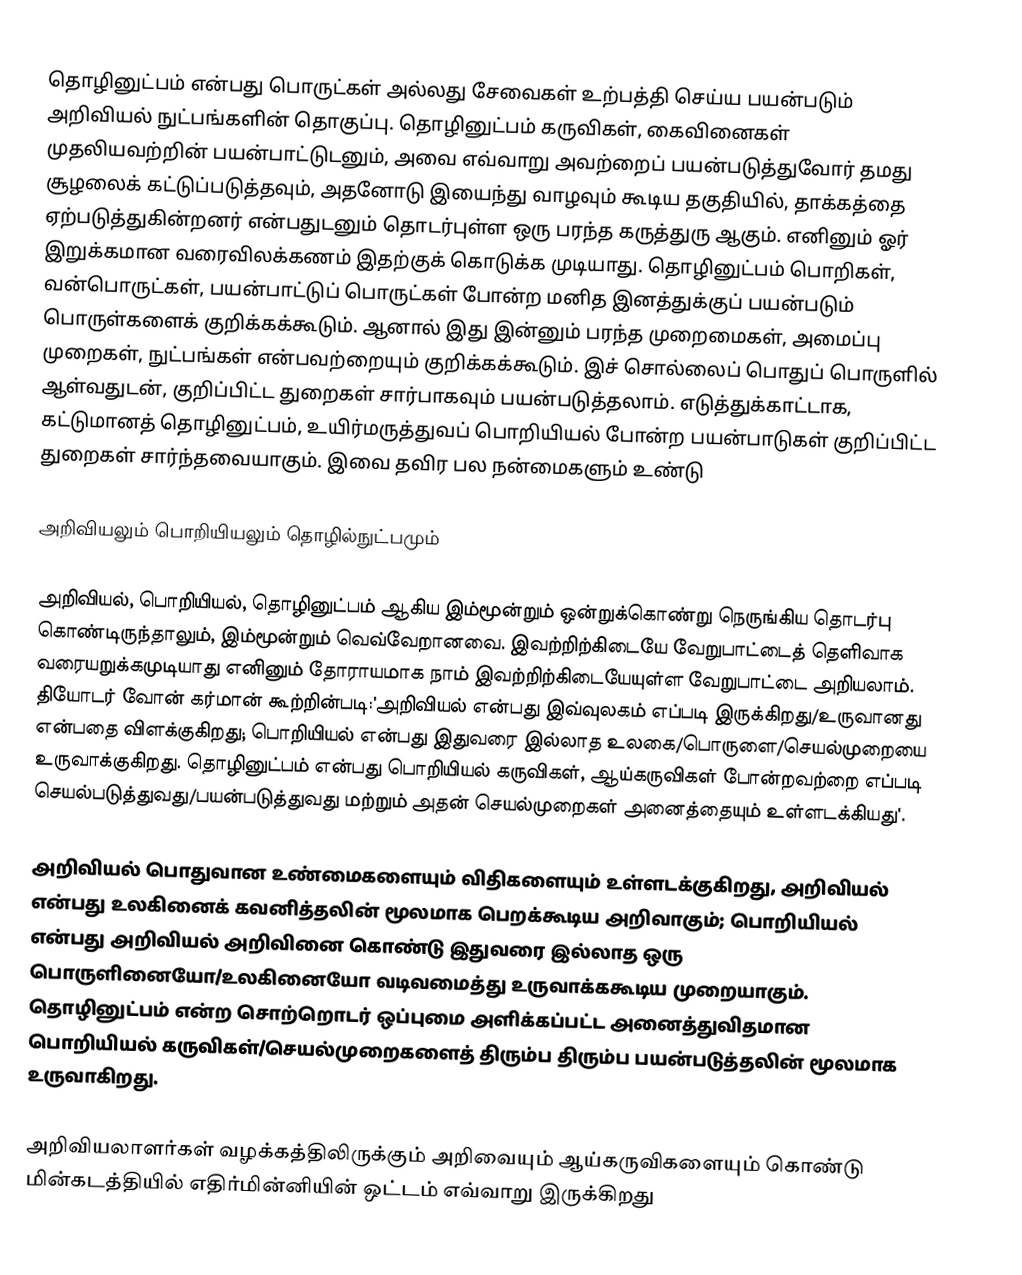
தொழினுட்பம் என்பது பொருட்கள் அல்லது சேவைகள் உற்பத்தி செய்ய பயன்படும் அறிவியல் நுட்பங்களின் தொகுப்பு. தொழினுட்பம் கருவிகள், கைவினைகள் முதலியவற்றின் பயன்பாட்டுடனும், அவை எவ்வாறு அவற்றைப் பயன்படுத்துவோர் தமது சூழலைக் கட்டுப்படுத்தவும், அதனோடு இயைந்து வாழவும் கூடிய தகுதியில், தாக்கத்தை ஏற்படுத்துகின்றனர் என்பதுடனும் தொடர்புள்ள ஒரு பரந்த கருத்துரு ஆகும். எனினும் ஓர் இறுக்கமான வரைவிலக்கணம் இதற்குக் கொடுக்க முடியாது. தொழினுட்பம் பொறிகள், வன்பொருட்கள், பயன்பாட்டுப் பொருட்கள் போன்ற மனித இனத்துக்குப் பயன்படும் பொருள்களைக் குறிக்கக்கூடும். ஆனால் இது இன்னும் பரந்த முறைமைகள், அமைப்பு முறைகள், நுட்பங்கள் என்பவற்றையும் குறிக்கக்கூடும். இச் சொல்லைப் பொதுப் பொருளில் ஆள்வதுடன், குறிப்பிட்ட துறைகள் சார்பாகவும் பயன்படுத்தலாம். எடுத்துக்காட்டாக, கட்டுமானத் தொழினுட்பம், உயிர்மருத்துவப் பொறியியல் போன்ற பயன்பாடுகள் குறிப்பிட்ட துறைகள் சார்ந்தவையாகும். இவை தவிர பல நன்மைகளும் உண்டு

அறிவியலும் பொறியியலும் தொழில்நுட்பமும்

அறிவியல், பொறியியல்,  தொழினுட்பம் ஆகிய இம்மூன்றும் ஒன்றுக்கொண்று நெருங்கிய தொடர்பு கொண்டிருந்தாலும், இம்மூன்றும் வெவ்வேறானவை. இவற்றிற்கிடையே வேறுபாட்டைத் தெளிவாக வரையறுக்கமுடியாது எனினும் தோராயமாக நாம் இவற்றிற்கிடையேயுள்ள வேறுபாட்டை அறியலாம்.  தியோடர் வோன் கர்மான் கூற்றின்படி:'அறிவியல் என்பது இவ்வுலகம் எப்படி இருக்கிறது/உருவானது என்பதை விளக்குகிறது; பொறியியல் என்பது இதுவரை இல்லாத உலகை/பொருளை/செயல்முறையை உருவாக்குகிறது.  தொழினுட்பம் என்பது பொறியியல் கருவிகள், ஆய்கருவிகள் போன்றவற்றை எப்படி செயல்படுத்துவது/பயன்படுத்துவது மற்றும் அதன் செயல்முறைகள் அனைத்தையும் உள்ளடக்கியது'.

அறிவியல் பொதுவான உண்மைகளையும் விதிகளையும் உள்ளடக்குகிறது, அறிவியல் என்பது உலகினைக் கவனித்தலின் மூலமாக பெறக்கூடிய அறிவாகும்; பொறியியல் என்பது அறிவியல் அறிவினை கொண்டு இதுவரை இல்லாத ஒரு பொருளினையோ/உலகினையோ வடிவமைத்து உருவாக்ககூடிய முறையாகும். தொழினுட்பம் என்ற சொற்றொடர் ஒப்புமை அளிக்கப்பட்ட அனைத்துவிதமான பொறியியல் கருவிகள்/செயல்முறைகளைத் திரும்ப திரும்ப பயன்படுத்தலின் மூலமாக உருவாகிறது.

அறிவியலாளர்கள் வழக்கத்திலிருக்கும் அறிவையும் ஆய்கருவிகளையும் கொண்டு மின்கடத்தியில் எதிர்மின்னியின் ஒட்டம் எவ்வாறு இருக்கிறது